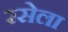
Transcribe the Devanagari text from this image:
रसेला